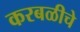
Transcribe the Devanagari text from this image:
करबळीचे